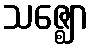
သဇ္ဈော